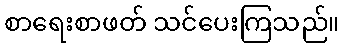
စာရေးစာဖတ် သင်ပေးကြသည်။